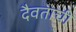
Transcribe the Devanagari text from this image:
दैवताची